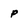
Character: p